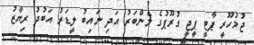
ޖުމުހޫރީ ޕާޓީ ޕީޖީ ގުރޫޕުގެ މެންބަރު އަދި ނައިބު ލީޑަރު އަބުދު ރިޔާޒު